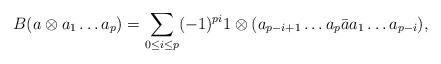
LaTeX: \begin{align*} B(a\otimes a_1\ldots a_p)= \sum_{0\leq i \leq p} (-1)^{pi} 1\otimes (a_{p-i+1}\ldots a_p\bar{a}a_1\ldots a_{p-i}),\end{align*}